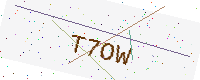
Text: T7OW